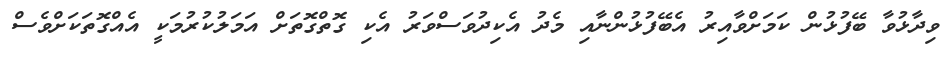
ވިދާޅުވާ ބޭފުޅުން ކަމަށްވާއިރު އެބޭފުޅުންނާއި މެދު އެކިދުވަސްވަރު އެކި ގޮތްގޮތަށް އަމަލުކުރުމަކީ އެއްގޮތަކަށްވެސް